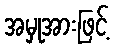
အမှုအားဖြင့်